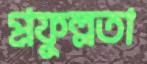
প্রফুল্লতা